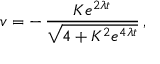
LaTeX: v = - \, \frac { K e ^ { 2 \lambda t } } { \sqrt { 4 + K ^ { 2 } e ^ { 4 \lambda t } } } \, ,